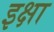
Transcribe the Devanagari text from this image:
इक्षा